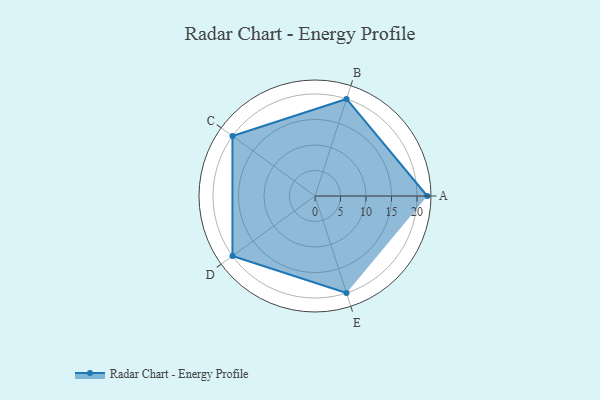
{"axis": {"x": "Skill", "y": "Score"}, "legend": ["Profile"], "data": [{"x": "A", "y": 22.0, "type": "Profile"}, {"x": "B", "y": 20.0, "type": "Profile"}, {"x": "C", "y": 20, "type": "Profile"}, {"x": "D", "y": 20, "type": "Profile"}, {"x": "E", "y": 20, "type": "Profile"}]}